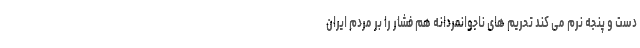
دست و پنجه نرم می کند تحریم های ناجوانمردانه هم فشار را بر مردم ایران